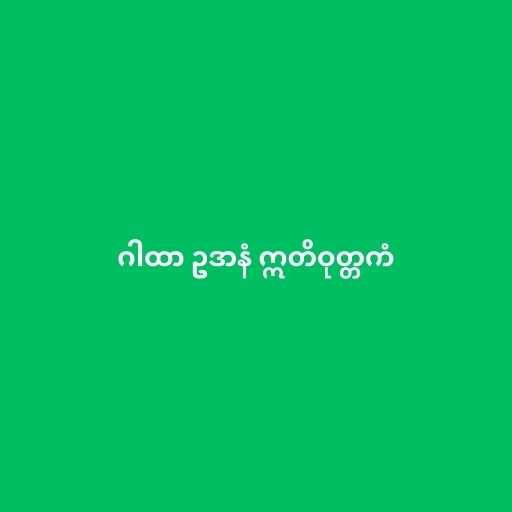
ဂါထာ ဥဒာနံ ဣတိဝုတ္တကံ